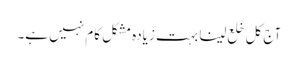
آج کل خلع لینا بہت زیادہ مشکل کام نہیں ہے۔